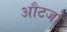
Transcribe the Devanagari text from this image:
औटजो